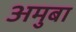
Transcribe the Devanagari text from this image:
अमुबा